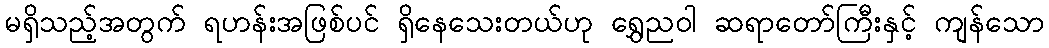
မရှိသည့်အတွက် ရဟန်းအဖြစ်ပင် ရှိနေသေးတယ်ဟု ရွှေညဝါ ဆရာတော်ကြီးနှင့် ကျန်သော